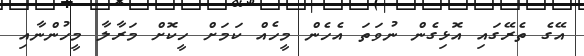
އޭގެ ތެރޭގައި އޮޅިގެން ނުވަތަ އެހެން މީހެއް ކަމަށް ހީކޮށް މަރާލާ މީހުންނާއި